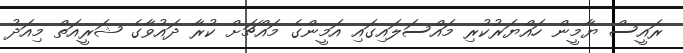
ރައީސް ޔާމީން ހައްޔަރުކުރި މައްސަލައިގައި އަމީންގެ މައްޗަށް ކުރާ ދައުވާގެ ޝަރީއަތް މިއަދު